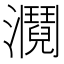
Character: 𤄎